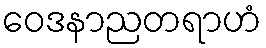
ဝေဒနာညတရာဟံ